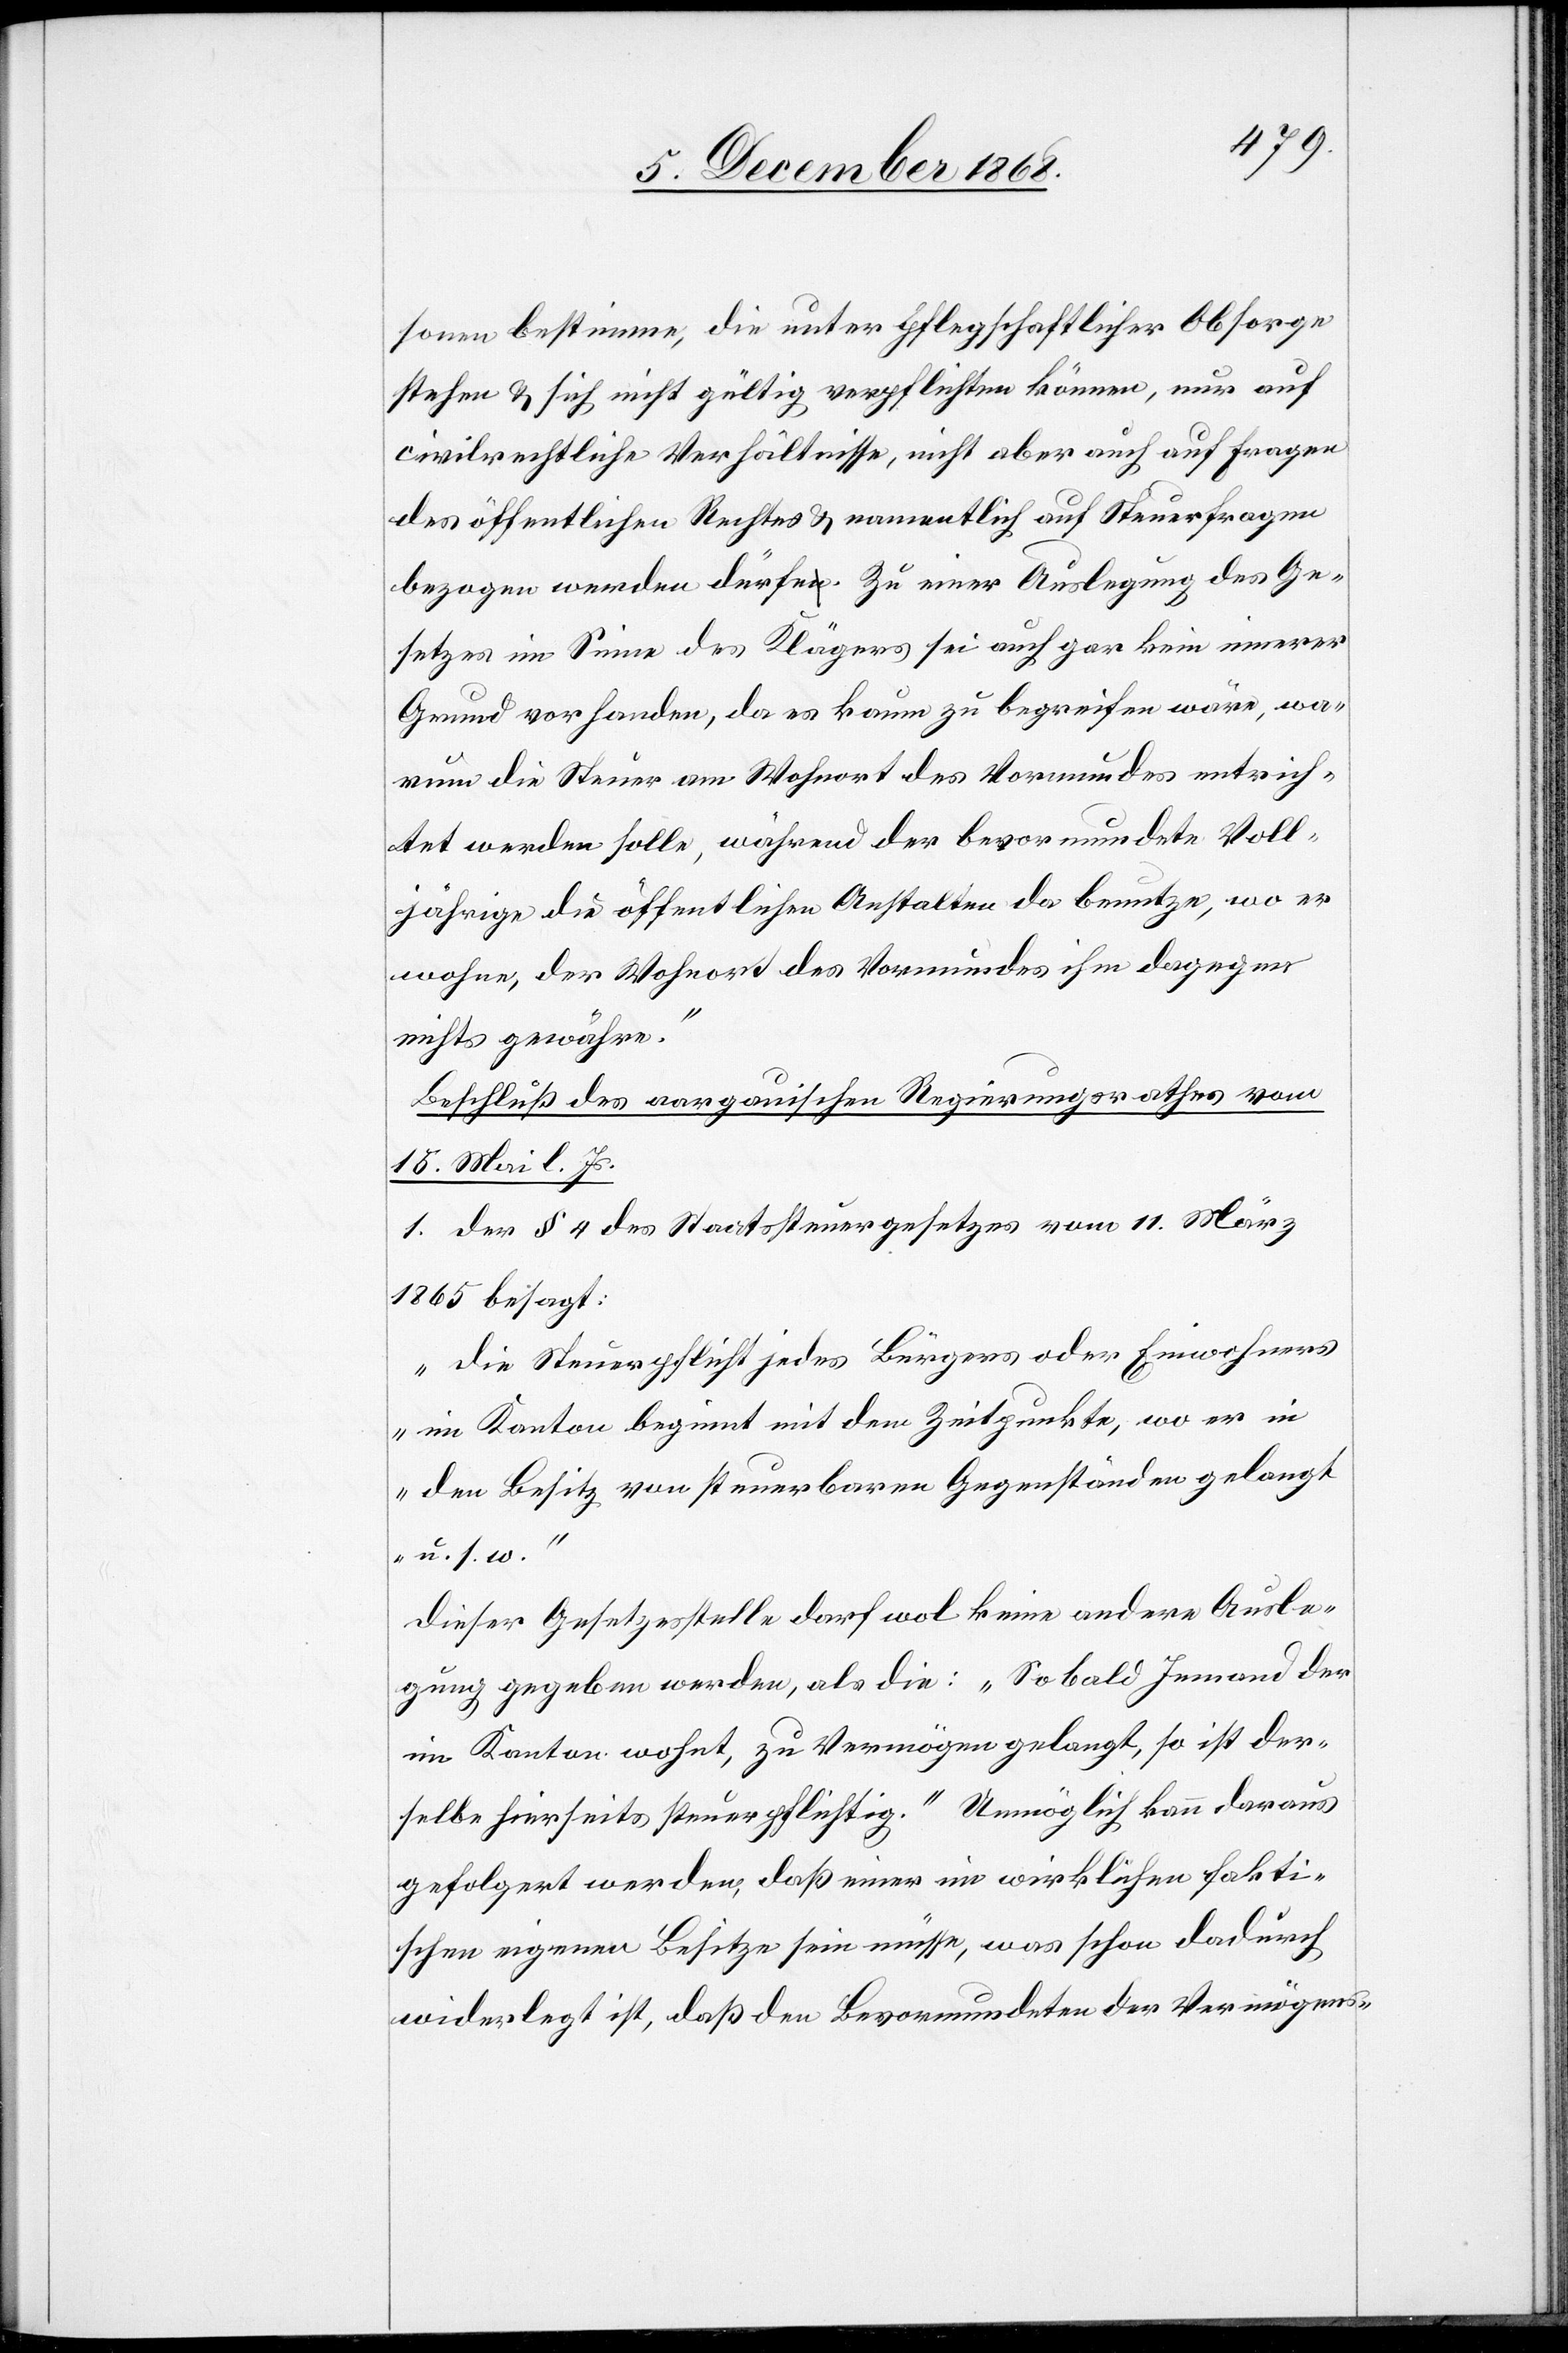
sonen bestimme, die unter pflegschaftlicher Obsorge
stehen & sich nicht gültig verpflichten können, nur auf
civilrechtliche Verhältnisse, nicht aber auch auf Fragen
des öffentlichen Rechtes & namentlich auf Steuerfragen
bezogen werden dürfe. Zu einer Auslegung des Ge¬
setzes im Sinne des Klägers sei auch gar kein innerer
Grund vorhanden, da es kaum zu begreifen wäre, wa¬
rum die Steuer am Wohnort des Vormundes entrich¬
tet werden solle, während der bevormundete Voll¬
jährige die öffentlichen Anstalten da benutze, wo er
wohne, der Wohnort des Vormundes ihm dagegen
nichts gewähre.“
Beschluß des aargauischen Regierungsrathes vom
15. Mai l. Js.
1. Der § 4 des Staatssteuergesetzes vom 11. März
1865 besagt:
„Die Steuerpflicht jedes Bürgers oder Einwohners
im Kanton beginnt mit dem Zeitpunkte, wo er in
den Besitz von steuerbaren Gegenständen gelangt
u. s. w.“
Dieser Gesetzesstelle darf wol keine andere Ausle¬
gung gegeben werden, als die: „Sobald Jemand der
im Kanton wohnt, zu Vermögen gelangt, so ist der¬
selbe hierseits steuerpflichtig.“ Unmöglich kann daraus
gefolgert werden, daß einer im wirklichen fakti¬
schen eigenen Besitze sein müsse, was schon dadurch
widerlegt ist, daß den Bevormundeten der Vermögens-